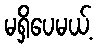
မရှိပေမယ့်